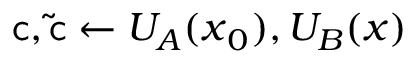
\mathsf { c } , \mathsf { \tilde { c } } \gets U _ { A } ( { \boldsymbol { x } } _ { 0 } ) , U _ { B } ( { \boldsymbol { x } } )